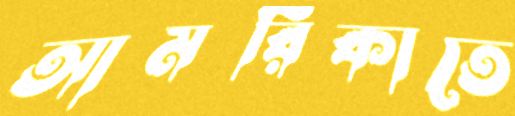
আমরিকাতে